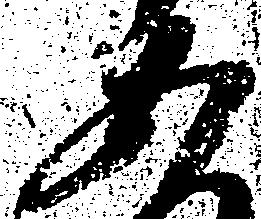
あ